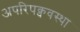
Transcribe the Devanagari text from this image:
अपरिपक्ववस्था